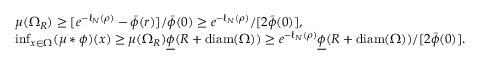
\begin{array} { r l } & { \mu ( \Omega _ { R } ) \geq [ e ^ { - \ell _ { N } ( \rho ) } - \bar { \phi } ( r ) ] / \bar { \phi } ( 0 ) \geq e ^ { - \ell _ { N } ( \rho ) } / [ 2 \bar { \phi } ( 0 ) ] , } \\ & { \operatorname* { i n f } _ { x \in \Omega } ( \mu * \phi ) ( x ) \geq \mu ( \Omega _ { R } ) \underline { { \phi } } ( R + \mathrm { d i a m } ( \Omega ) ) \geq e ^ { - \ell _ { N } ( \rho ) } \underline { { \phi } } ( R + \mathrm { d i a m } ( \Omega ) ) / [ 2 \bar { \phi } ( 0 ) ] . } \end{array}